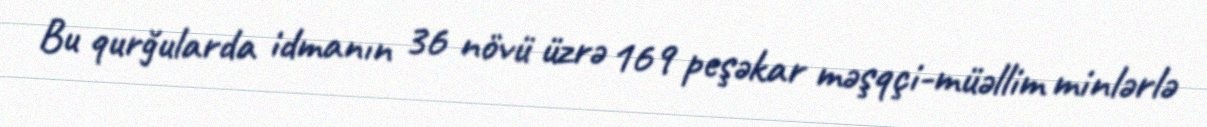
Bu qurğularda idmanın 36 növü üzrə 169 peşəkar məşqçi-müəllim minlərlə